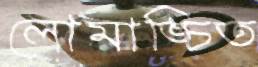
লোমাঙ্চিত